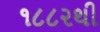
૧૮૮૨થી